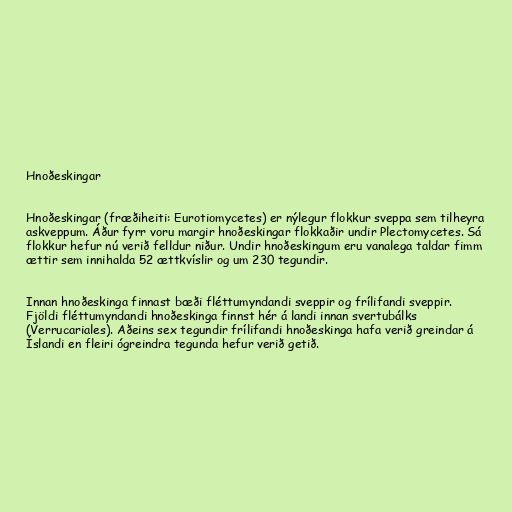
Hnoðeskingar

Hnoðeskingar (fræðiheiti: Eurotiomycetes) er nýlegur flokkur sveppa sem tilheyra
askveppum. Áður fyrr voru margir hnoðeskingar flokkaðir undir Plectomycetes. Sá
flokkur hefur nú verið felldur niður. Undir hnoðeskingum eru vanalega taldar fimm
ættir sem innihalda 52 ættkvíslir og um 230 tegundir.

Innan hnoðeskinga finnast bæði fléttumyndandi sveppir og frílifandi sveppir.
Fjöldi fléttumyndandi hnoðeskinga finnst hér á landi innan svertubálks
(Verrucariales). Aðeins sex tegundir frílifandi hnoðeskinga hafa verið greindar á
Íslandi en fleiri ógreindra tegunda hefur verið getið.